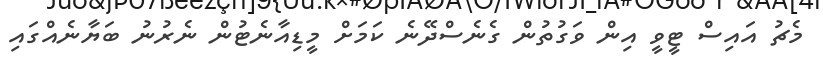
މެޗު އައިސް ޓީވީ އިން ވަގުތުން ގެނެސްދޭނެ ކަމަށް މީޑިއާނެޓުން ނެރުނު ބަޔާނެއްގައި